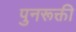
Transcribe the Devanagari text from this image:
पुनरूक्ती